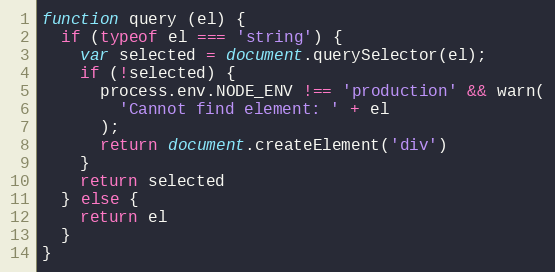
Language: JavaScript
function query (el) {
  if (typeof el === 'string') {
    var selected = document.querySelector(el);
    if (!selected) {
      process.env.NODE_ENV !== 'production' && warn(
        'Cannot find element: ' + el
      );
      return document.createElement('div')
    }
    return selected
  } else {
    return el
  }
}